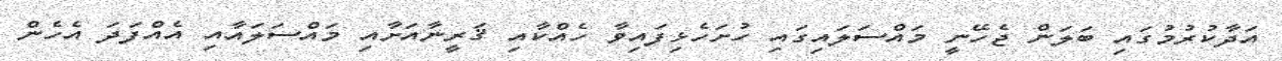
އަދާކުރުމުގައި ބަލަން ޖެހޭނީ މައްސަލައިގައި ހުށަހެޅިފައިވާ ހެއްކާއި ޤަރީނާއަށާއި މައްސަލައާއި އެއްފަދަ އެހެން